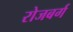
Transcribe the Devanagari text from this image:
रोजबर्ग